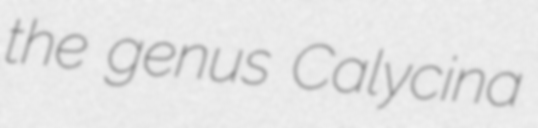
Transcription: the genus Calycina